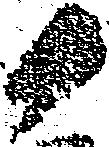
か